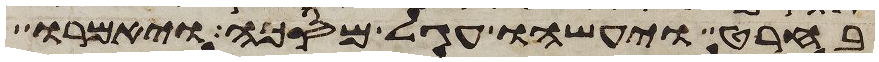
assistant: בחרט ויעשהו עגל מסכה ויאמרו